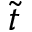
\tilde { t }